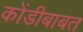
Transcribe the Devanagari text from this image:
कोंडीबाबत